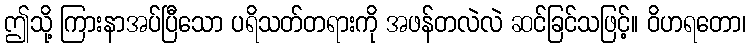
ဤသို့ ကြားနာအပ်ပြီသော ပရိသတ်တရားကို အဖန်တလဲလဲ ဆင်ခြင်သဖြင့်။ ဝိဟရတော၊